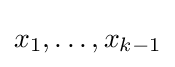
x_{1},\ldots ,x_{k-1}